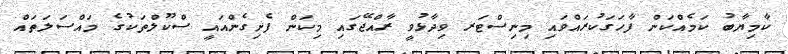
ކާމިޔާބު ކަމެއްކަން ފާހަގަކުރައްވައި މިނިސްޓަރ ވިދާޅުވީ ރާއްޖޭގައި މިކަން ފެށިގެންއައީ ސްކޫލްތަކުގެ މައްސަލަތައް